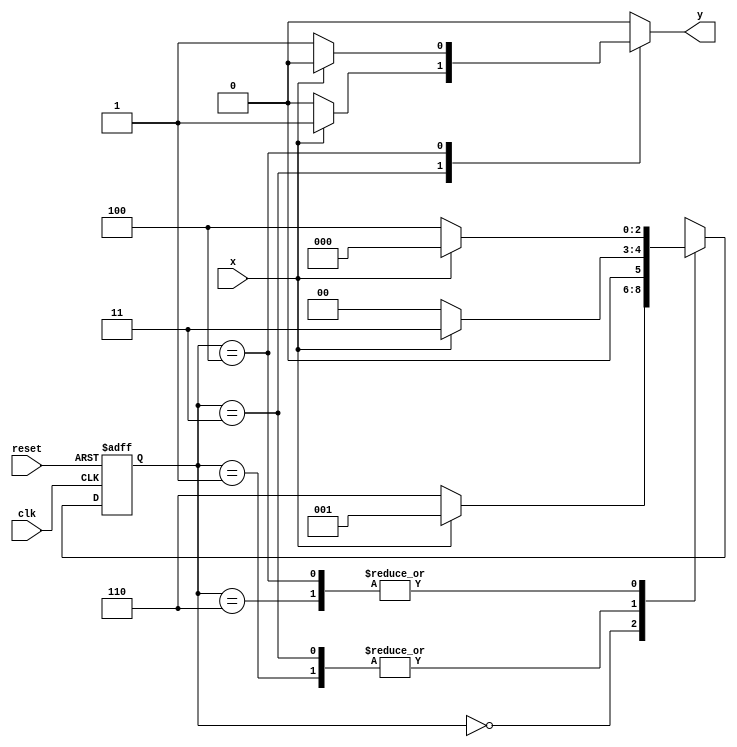
// ---------------------
// Guia 10 - Exercicio 04 - Mealy 
// Nome: Alyson Deives Pereira 416589
// ---------------------

`define found    1
`define notfound 0


module exercicio4 ( y, x, clk, reset );

	output y;
	input  x;
	input  clk;
	input  reset;

	reg    y;

	parameter         
		start  = 3'b000,
		id1    = 3'b001,
		id11   = 3'b011,
		id0    = 3'b110,
		id00   = 3'b100;

	reg [2:0] E1;	
		reg [2:0] E2;	

	// next state logic
   always @( x or E1 )
		begin
		y = `notfound;

		case ( E1 )
			start:
				if ( x )
					E2 = id1;
				else
					E2 = id0;
				
			id1:
				if ( x )
					E2 = id11;
				else
					E2 = start;

			id11:
				if ( x )
				begin
					E2 =  id11;
					y  = `found;
				end
				else
				begin
					E2 =  start;
					y  = `notfound;
				end
			
			id0:
				if ( x )
					E2 = start;
				else
					E2 = id00;

			id00:
				if ( x )
				begin
					E2 =  start;
					y  = `notfound;
				end
				else
				begin
					E2 =  id00;
					y  = `found;
				end
	 
			default:  
				E2 =  3'bxxx;
		endcase
	  
		end 
		

	
		always @( posedge clk or negedge reset )
		begin
			if ( reset )
				E1 = E2;    
							else
				E1 = 0;     
		end // always at signal changing

endmodule 

module Exercicio4;
	
	reg   clk, reset, x;
	wire  m1;

	exercicio4 M4 ( m1, x, clk, reset );

	initial
	begin

	$display ( "Ex_04 - Nome: Alyson Deives Pereira, Mat: 416589" );
   $display ( "Time     X   Ex_04" );


       clk   = 1;
       reset = 0;
       x     = 0;


		#10   reset = 1;
		#10  x = 1;
		#10  x = 0;
		#10  x = 0;
		#10  x = 1;
		#10  x = 0;
		#10  x = 1;
		#10  x = 1;
		#10  x = 1;
		#10  x = 1;
		#10  x = 0;
		#10  x = 1;
		#10  x = 1;
		#10  x = 1;
		#10  x = 0;
		#10  x = 0;
		#10  x = 0;
		#10  x = 0;
		#10  x = 1;
		
		#5 $finish;
	
	end 

	always
		#5 clk = ~clk;

	always @( posedge clk )
	begin
		$display ( "%4d \t%b\t%b", $time, x, m1);
	end

endmodule